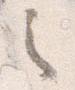
之